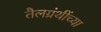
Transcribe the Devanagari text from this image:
तैलग्रंथींच्या